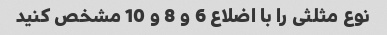
نوع مثلثی را با اضلاع 6 و 8 و 10 مشخص کنید